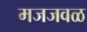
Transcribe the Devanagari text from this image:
मजजवळ